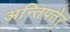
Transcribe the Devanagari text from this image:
अन्तिपतेर्